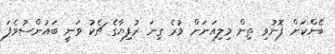
ބޭންކަށް ފޮނުވި ތިން މިލިއަނަށް ވުރެ ގިނަ ރުފިޔާގެ ޗެކު ވަނީ ބައުންސުވެފަ